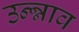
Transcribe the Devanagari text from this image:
उन्न्नाव